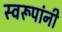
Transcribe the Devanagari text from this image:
स्वरूपांनी